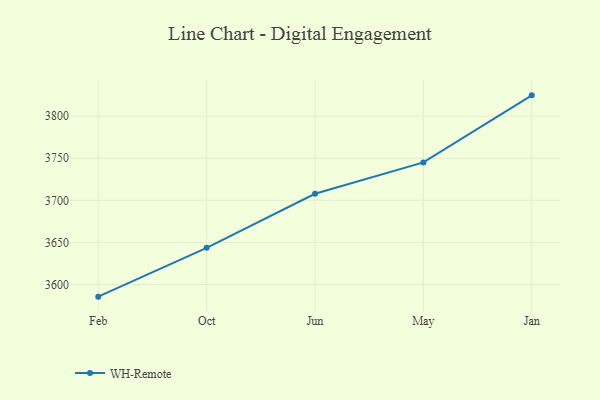
{"axis": {"x": "Month", "y": "Website Visitors"}, "legend": ["WH-Remote"], "data": [{"x": "Feb", "y": 3585.6, "type": "WH-Remote"}, {"x": "Oct", "y": 3643.6, "type": "WH-Remote"}, {"x": "Jun", "y": 3707.8, "type": "WH-Remote"}, {"x": "May", "y": 3745.0, "type": "WH-Remote"}, {"x": "Jan", "y": 3824.7, "type": "WH-Remote"}]}